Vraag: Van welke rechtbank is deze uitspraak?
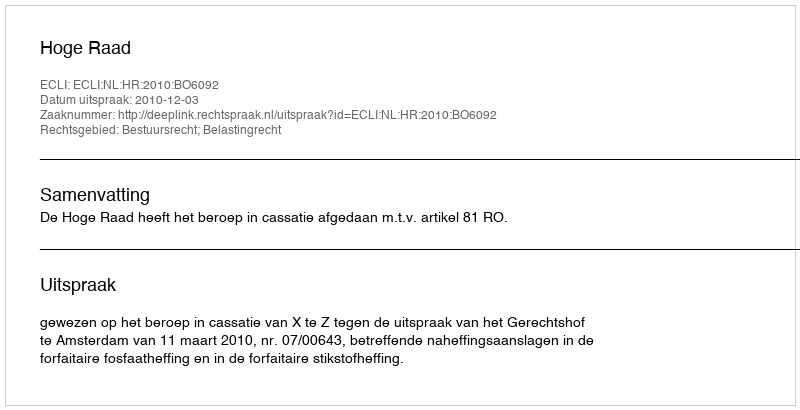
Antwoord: Hoge Raad